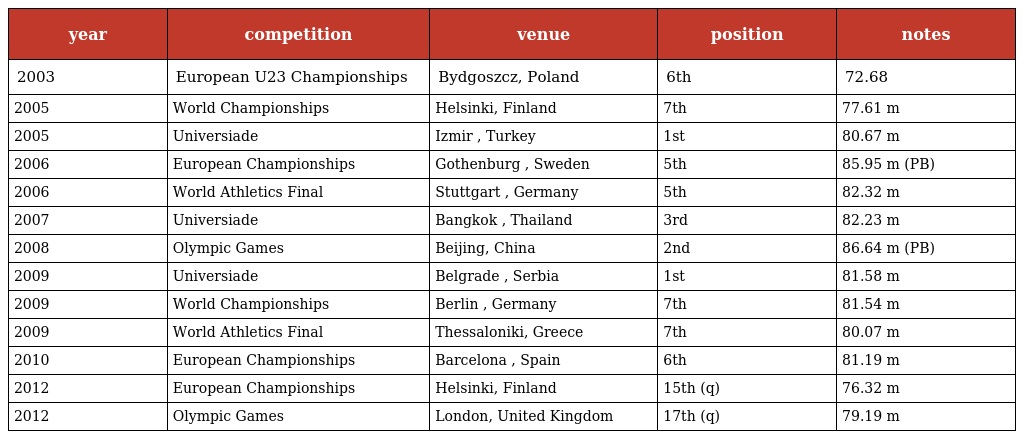
| year | competition | venue | position | notes |
 | --- | --- | --- | --- | --- |
 | 2003 | European U23 Championships | Bydgoszcz, Poland | 6th | 72.68 |
 | 2005 | World Championships | Helsinki, Finland | 7th | 77.61 m |
 | 2005 | Universiade | Izmir , Turkey | 1st | 80.67 m |
 | 2006 | European Championships | Gothenburg , Sweden | 5th | 85.95 m (PB) |
 | 2006 | World Athletics Final | Stuttgart , Germany | 5th | 82.32 m |
 | 2007 | Universiade | Bangkok , Thailand | 3rd | 82.23 m |
 | 2008 | Olympic Games | Beijing, China | 2nd | 86.64 m (PB) |
 | 2009 | Universiade | Belgrade , Serbia | 1st | 81.58 m |
 | 2009 | World Championships | Berlin , Germany | 7th | 81.54 m |
 | 2009 | World Athletics Final | Thessaloniki, Greece | 7th | 80.07 m |
 | 2010 | European Championships | Barcelona , Spain | 6th | 81.19 m |
 | 2012 | European Championships | Helsinki, Finland | 15th (q) | 76.32 m |
 | 2012 | Olympic Games | London, United Kingdom | 17th (q) | 79.19 m |